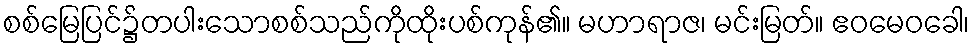
စစ်မြေပြင်၌တပါးသောစစ်သည်ကိုထိုးပစ်ကုန်၏။ မဟာရာဇ၊ မင်းမြတ်။ ဧဝမေဝခေါ၊